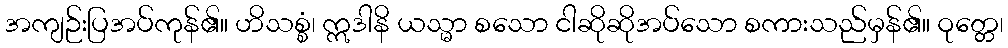
အကျဉ်းပြအပ်ကုန်၏။ ဟိသစ္စံ၊ ဣဒါနိ ယသ္မာ စသော ငါဆိုဆိုအပ်သော စကားသည်မှန်၏။ ဝုတ္တေ၊